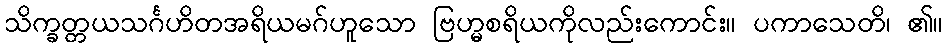
သိက္ခတ္တယသင်္ဂဟိတအရိယမဂ်ဟူသော ဗြဟ္မစရိယကိုလည်းကောင်း။ ပကာသေတိ၊ ၏။